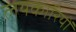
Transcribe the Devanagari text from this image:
लयकारियों